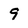
Character: 9